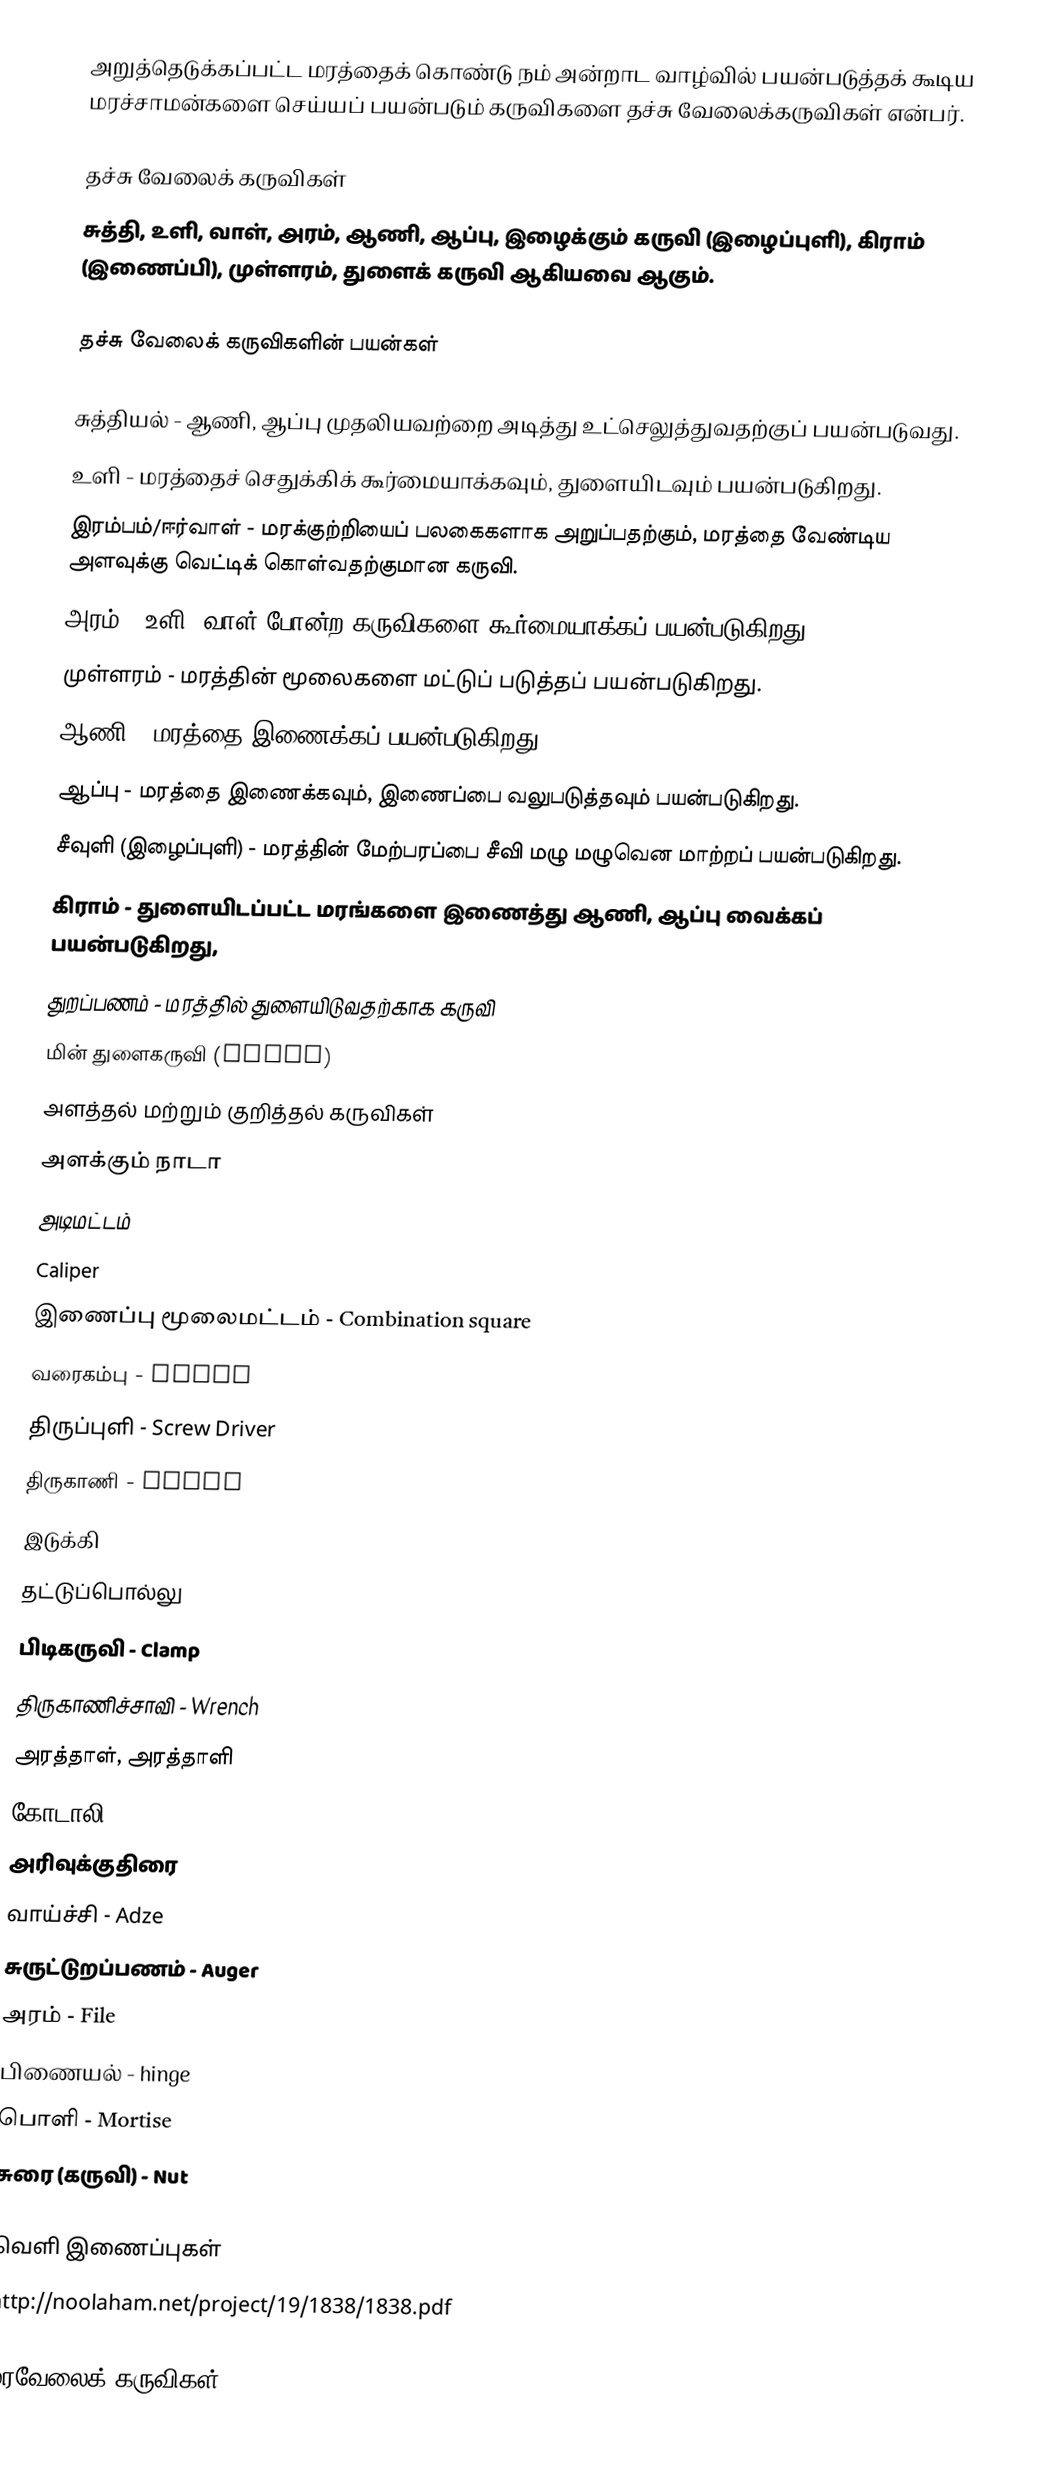
அறுத்தெடுக்கப்பட்ட மரத்தைக் கொண்டு நம் அன்றாட வாழ்வில் பயன்படுத்தக் கூடிய மரச்சாமன்களை செய்யப் பயன்படும் கருவிகளை தச்சு வேலைக்கருவிகள் என்பர்.

தச்சு வேலைக் கருவிகள்
சுத்தி, உளி, வாள், அரம், ஆணி, ஆப்பு, இழைக்கும் கருவி (இழைப்புளி), கிராம் (இணைப்பி), முள்ளரம், துளைக் கருவி ஆகியவை ஆகும்.

தச்சு வேலைக் கருவிகளின் பயன்கள்

 சுத்தியல் - ஆணி,  ஆப்பு முதலியவற்றை அடித்து உட்செலுத்துவதற்குப் பயன்படுவது.
 உளி - மரத்தைச் செதுக்கிக் கூர்மையாக்கவும், துளையிடவும் பயன்படுகிறது.
 இரம்பம்/ஈர்வாள் - மரக்குற்றியைப் பலகைகளாக அறுப்பதற்கும், மரத்தை வேண்டிய அளவுக்கு வெட்டிக் கொள்வதற்குமான கருவி.
 அரம் - உளி, வாள் போன்ற கருவிகளை கூர்மையாக்கப் பயன்படுகிறது.
 முள்ளரம் - மரத்தின் மூலைகளை மட்டுப் படுத்தப் பயன்படுகிறது.
 ஆணி - மரத்தை இணைக்கப் பயன்படுகிறது.
 ஆப்பு - மரத்தை இணைக்கவும், இணைப்பை வலுபடுத்தவும் பயன்படுகிறது.
 சீவுளி (இழைப்புளி) - மரத்தின் மேற்பரப்பை சீவி மழு மழுவென மாற்றப் பயன்படுகிறது.
 கிராம் - துளையிடப்பட்ட மரங்களை இணைத்து ஆணி, ஆப்பு வைக்கப் பயன்படுகிறது,
 துறப்பணம் - மரத்தில் துளையிடுவதற்காக கருவி
 மின் துளைகருவி (drill)
 அளத்தல் மற்றும் குறித்தல் கருவிகள்
 அளக்கும் நாடா
 அடிமட்டம்
 Caliper
 இணைப்பு மூலைமட்டம் - Combination square
 வரைகம்பு - gauge
 திருப்புளி - Screw Driver
 திருகாணி - Screw
 இடுக்கி
 தட்டுப்பொல்லு
 பிடிகருவி - Clamp
 திருகாணிச்சாவி - Wrench
 அரத்தாள், அரத்தாளி
 கோடாலி
 அரிவுக்குதிரை
 வாய்ச்சி - Adze
 சுருட்டுறப்பணம் - Auger
 அரம் - File
 பிணையல் - hinge
 பொளி - Mortise
 சுரை (கருவி) - Nut

வெளி இணைப்புகள்
 http://noolaham.net/project/19/1838/1838.pdf

மரவேலைக் கருவிகள்